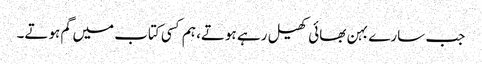
جب سارے بہن بھائی کھیل رہے ہوتے، ہم کسی کتاب میں گم ہوتے۔